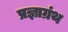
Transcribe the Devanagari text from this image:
प्रज्ञाग्रंथ